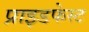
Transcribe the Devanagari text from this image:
प्राइडफेस्ट